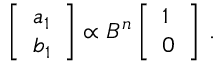
\left[ \begin{array} { l } { a _ { 1 } } \\ { b _ { 1 } } \end{array} \right] \propto B ^ { n } \left[ \begin{array} { l } { 1 } \\ { 0 } \end{array} \right] \, .